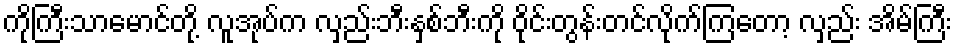
ကိုကြီးသာမောင်တို့ လူအုပ်က လှည်းဘီးနှစ်ဘီးကို ဝိုင်းတွန်းတင်လိုက်ကြတော့ လှည်း အိမ်ကြီး